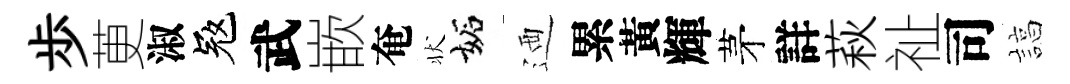
歩茰淑冦武嵌奄状妬迺累黃輝茅詳萩祉司諄